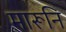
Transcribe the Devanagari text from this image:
मारूनि